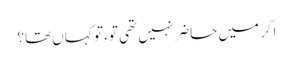
اگر میں حاضر نہیں تھی تو، تو کہاں تھا؟